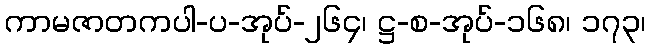
ကာမဇာတကပါ-ပ-အုပ်-၂၆၄၊ ဋ္ဌ-စ-အုပ်-၁၆၈၊ ၁၇၃၊